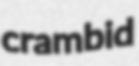
crambid